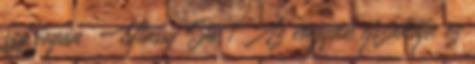
szó jogán Utassy Jó 1 Az vágyak éjszakája ez